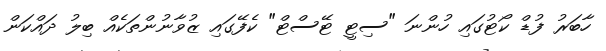
ހާބަރު ފުޑް ކޯޓުގައި ހުންނަ "ސިޓީ ޓޭސްޓް" ކެފޭގައި ޒުވާނުންތަކެއް ބިލު ދައްކަން